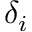
\delta _ { i }